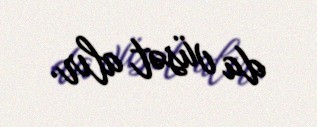
da vüsət alır.